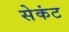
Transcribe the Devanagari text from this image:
सेकंट